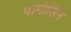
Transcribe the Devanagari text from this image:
पामोलिन